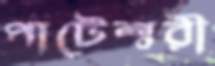
পাটেশ্বরী